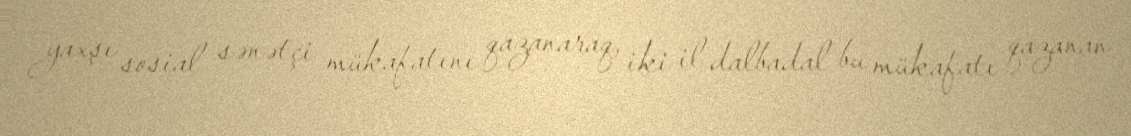
yaxşı sosial sənətçi mükafatını qazanaraq, iki il dalbadal bu mükafatı qazanan